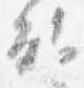
能